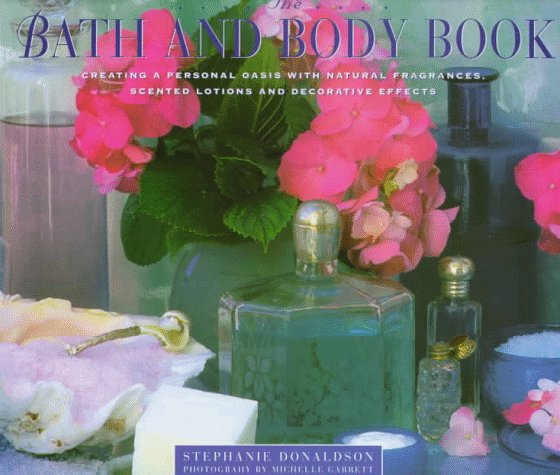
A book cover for The Bath & Body Book; Stephanie Donaldson; Health, Fitness & Dieting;